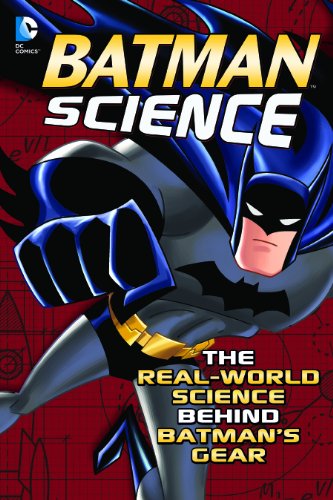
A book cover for Batman Science: The Real-World Science Behind Batman's Gear (DC Super Heroes); Tammy Enz; Teen & Young Adult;